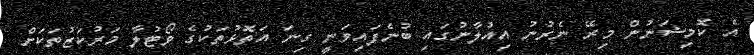
އެ ކޮމިޝަނުން މިރޭ ނެރުނު އިއުލާނުގައި ބުނެފައިވަނީ ގިނަ އަތޮޅުތަކުގެ ވޯޓުލާ މަރުކަޒުތަކަށް